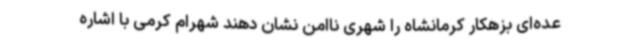
عده‌ای بزهکار کرمانشاه را شهری ناامن نشان دهند شهرام کرمی با اشاره